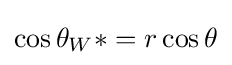
\cos \theta _{W}*=r\cos \theta